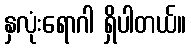
နှလုံးရောဂါ ရှိပါတယ်။